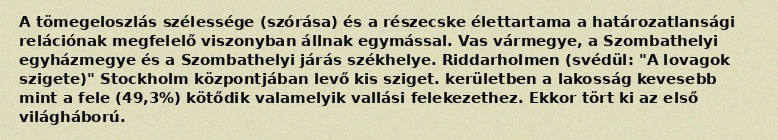
A tömegeloszlás szélessége (szórása) és a részecske élettartama a határozatlansági relációnak megfelelő viszonyban állnak egymással. Vas vármegye, a Szombathelyi egyházmegye és a Szombathelyi járás székhelye. Riddarholmen (svédül: "A lovagok szigete)" Stockholm központjában levő kis sziget. kerületben a lakosság kevesebb mint a fele (49,3%) kötődik valamelyik vallási felekezethez. Ekkor tört ki az első világháború.